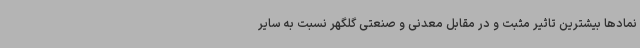
نمادها بیشترین تاثیر مثبت و در مقابل معدنی و صنعتی گلگهر نسبت به سایر